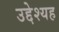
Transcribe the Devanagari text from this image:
उद्देश्यह